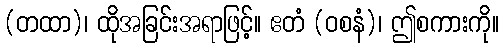
(တထာ)၊ ထိုအခြင်းအရာဖြင့်။ ဧတံ (ဝစနံ)၊ ဤစကားကို။